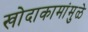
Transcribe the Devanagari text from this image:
खोदाकामांमुळे